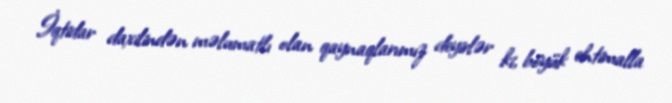
İqtidar daxilindən məlumatlı olan qaynaqlarımız deyirlər ki, böyük ehtimalla